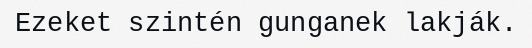
Ezeket szintén gunganek lakják.